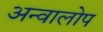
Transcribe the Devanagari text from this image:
अन्वालोप